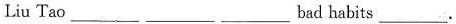
Liu Tao ___ ___ ___ bad habits ___.